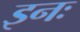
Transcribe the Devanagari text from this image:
इनः